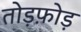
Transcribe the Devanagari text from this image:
तोड़फ़ोड़